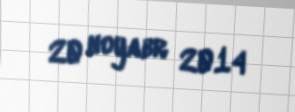
20 noyabr 2014